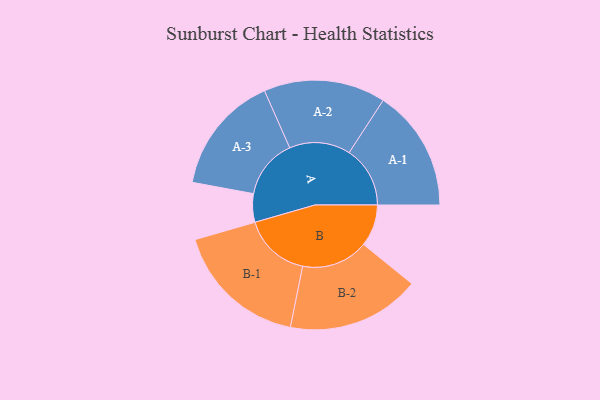
{"axis": {"x": "Segment", "y": "Value"}, "legend": ["", "A", "B"], "data": [{"x": "A", "y": 104, "type": ""}, {"x": "B", "y": 153, "type": ""}, {"x": "A-1", "y": 223, "type": "A"}, {"x": "A-2", "y": 223, "type": "A"}, {"x": "A-3", "y": 218, "type": "A"}, {"x": "B-1", "y": 245, "type": "B"}, {"x": "B-2", "y": 244, "type": "B"}]}